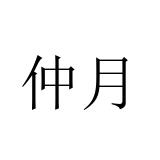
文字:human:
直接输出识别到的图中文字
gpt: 仲月